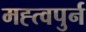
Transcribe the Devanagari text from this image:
मह्त्वपुर्न